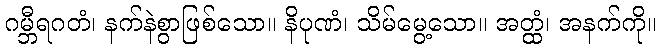
ဂမ္ဘီရဂတံ၊ နက်နဲစွာဖြစ်သော။ နိပုဏံ၊ သိမ်မွေ့သော။ အတ္ထံ၊ အနက်ကို။